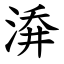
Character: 㴁